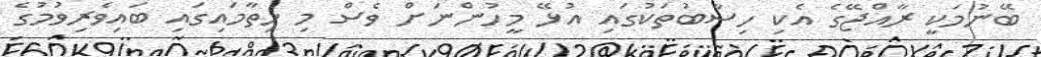
ބޭނުމަކީ ރާއްޖޭގެ އެކި ހިސާބުތަކުގައި އުޅޭ މީހުންނަށް ވެސް މި ހިތާމައިގައި ބައިވެރިވުމުގެ